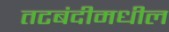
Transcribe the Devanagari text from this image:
तटबंदीमधील